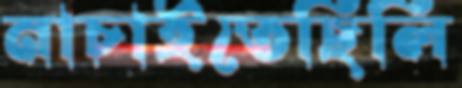
নাচাইতেছিলি